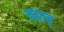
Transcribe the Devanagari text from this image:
चढ़ाव्